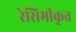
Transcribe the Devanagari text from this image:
रेसिमीकृत